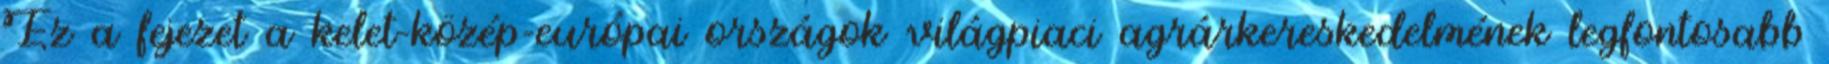
Ez a fejezet a kelet-közép-európai országok világpiaci agrárkereskedelmének legfontosabb